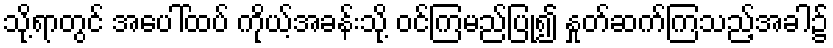
သို့ရာတွင် အပေါ်ထပ် ကိုယ့်အခန်းသို့ ဝင်ကြမည်ပြု၍ နှုတ်ဆက်ကြသည့်အခါ၌